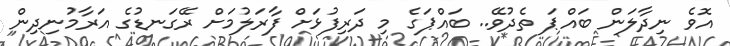
އޮވެ ނިދާލަން ބައްޕަ ތެދުވޭ.. ބައްޕަގެ މި ދަރިފުޅަށް ފާރަލުމަށް ރޭގަނޑުގެ އަރާމުނިދިން